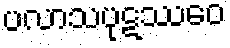
ပလာသပုဋဿေဝ